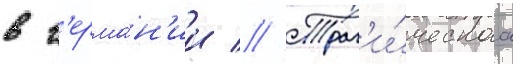
в г'ерма́н'ии // Траг'и́ческаа